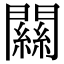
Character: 𨶹